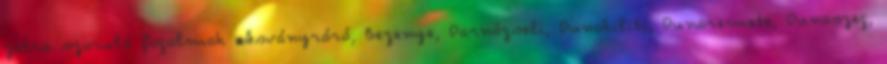
zatra szoruló fogalmak ▪Ásványráró, Bezenye, Darnózseli, Dunakiliti, Dunaremete, Dunaszeg,